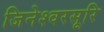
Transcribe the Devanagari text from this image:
जिनेश्वरसूरि